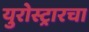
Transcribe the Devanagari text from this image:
युरोस्ट्रारचा